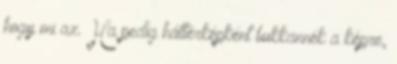
hogy mi az. Ha pedig háttérképként bukkannék a képre,